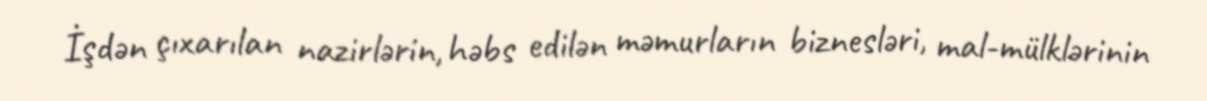
İşdən çıxarılan nazirlərin, həbs edilən məmurların biznesləri, mal-mülklərinin